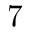
7